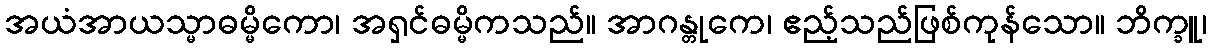
အယံအာယသ္မာဓမ္မိကော၊ အရှင်ဓမ္မိကသည်။ အာဂန္တုကေ၊ ဧည့်သည်ဖြစ်ကုန်သော။ ဘိက္ခူ၊